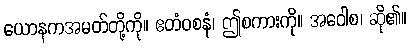
ယောနကအမတ်တို့ကို။ ဧတံဝစနံ၊ ဤစကားကို။ အဝေါစ၊ ဆို၏။